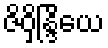
ဇိဝှိန္ဒြိယေ